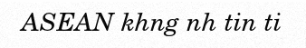
ASEAN khng nh tin ti